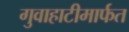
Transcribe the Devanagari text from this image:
गुवाहाटीमार्फत